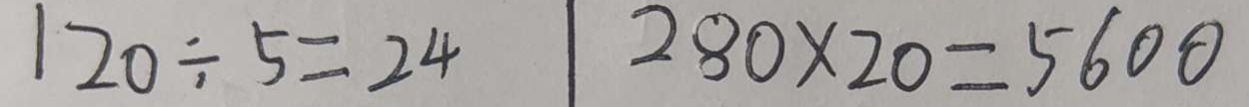
1 2 0 \div 5 = 2 4 2 8 0 \times 2 0 = 5 6 0 0